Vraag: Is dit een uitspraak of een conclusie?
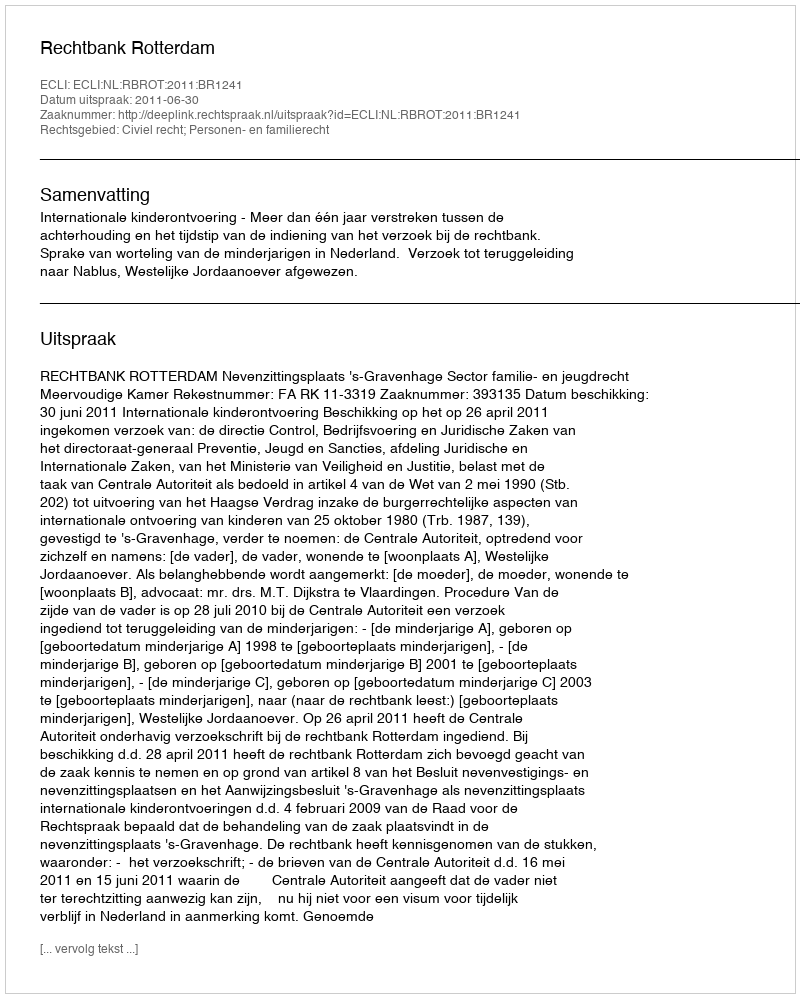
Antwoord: Uitspraak